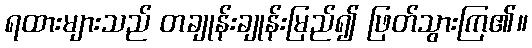
ရထားများသည် တချုန်းချုန်းမြည်၍ ဖြတ်သွားကြ၏။